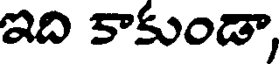
ఇది కాకుండా,